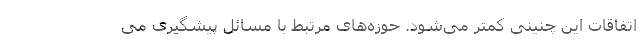
اتفاقات این چنینی کمتر می‌شود. حوزه‌های مرتبط با مسائل پیشگیری می